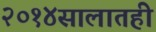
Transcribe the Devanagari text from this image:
२०१४सालातही